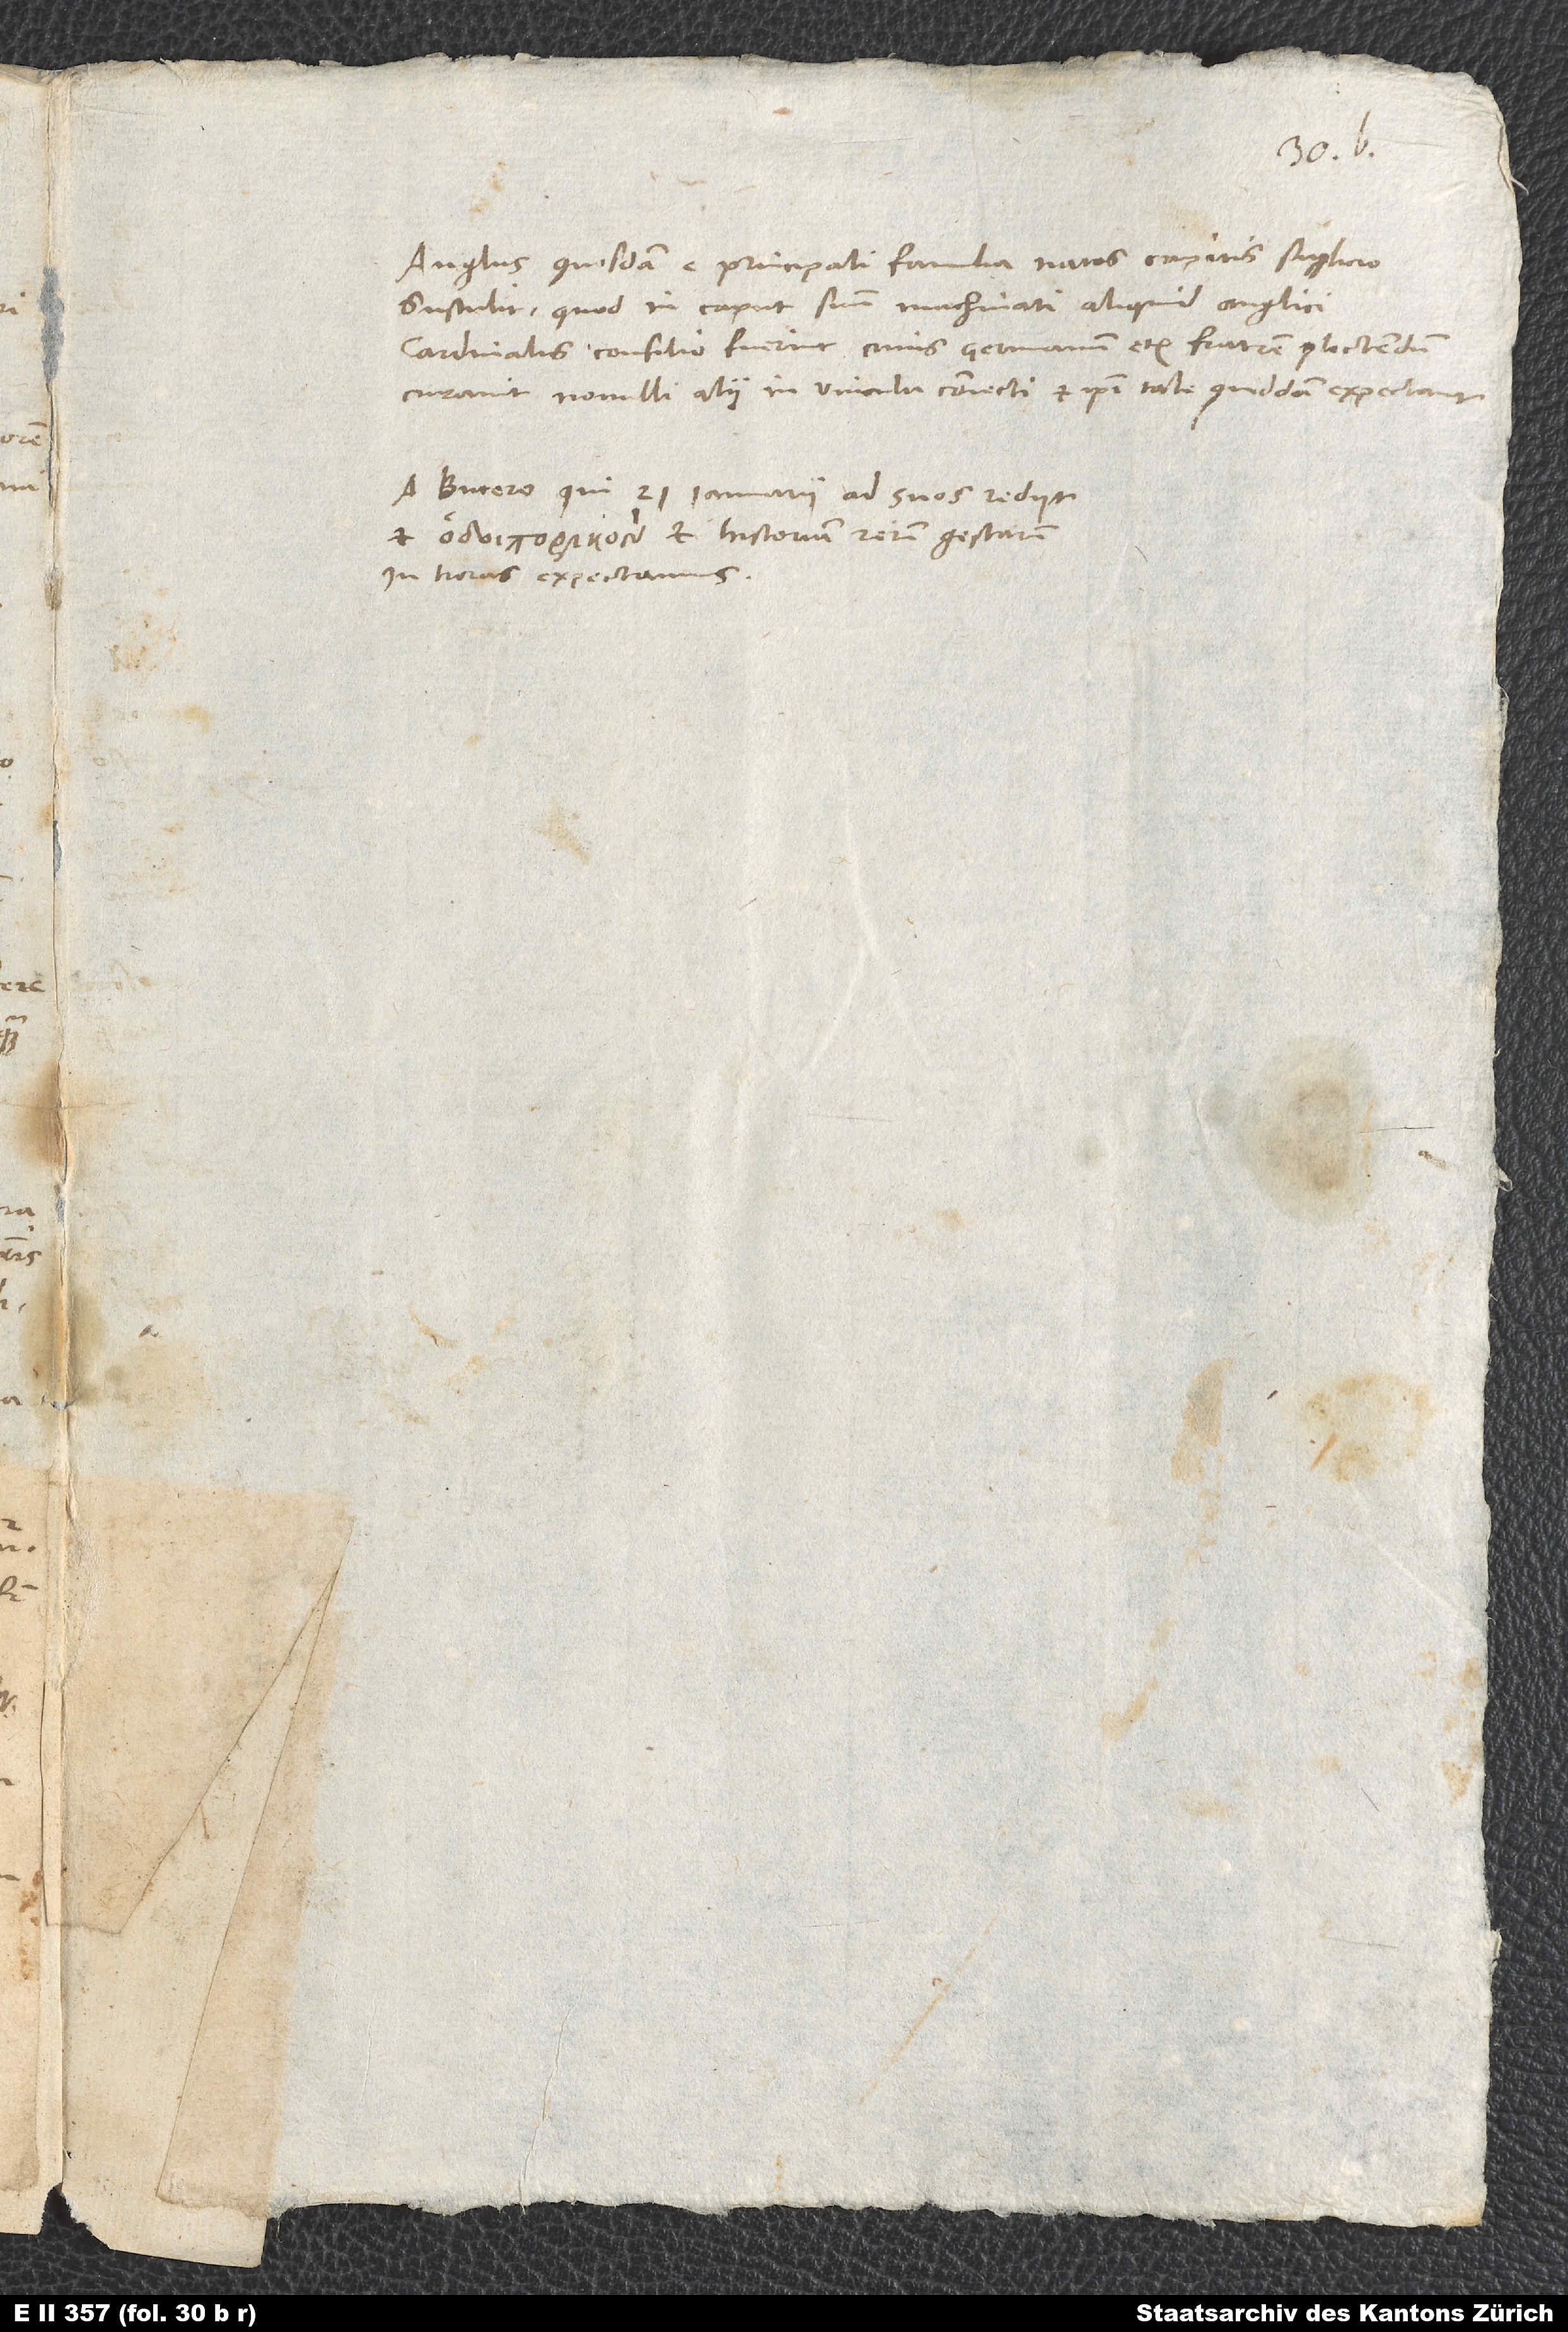
Anglus quosdam e principali familia natos capitis suplicio
sustulit, quod in caput suum machinati aliquid Anglici
cardinalis consilio fuerint, cuius germanum etiam fratrem plectendum
curavit. Nonnulli alii in vincula coniecti et ipsi tale quiddam expectant.
A Bucero, qui 21. ianuarii ad suos rediit,
et et historiam rerum gestarum
in horas expectamus.